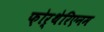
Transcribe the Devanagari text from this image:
फ़ोर्थेरिएनम